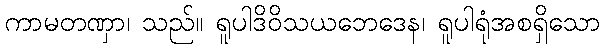
ကာမတဏှာ၊ သည်။ ရူပါဒိဝိသယဘေဒေန၊ ရူပါရုံအစရှိသော